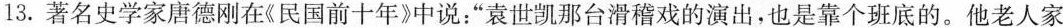
13.著名史学家唐德刚在《民国前十年》中说：”袁世凯那台滑稽戏的演出，也是靠个班底的。他老人家